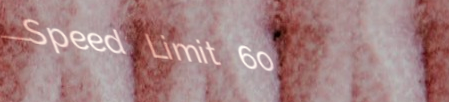
Speed Limit 60